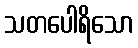
သတပေါရိသော